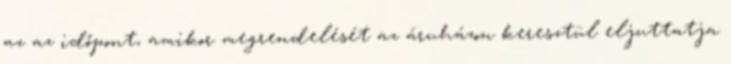
az az időpont, amikor megrendelését az áruházon keresztül eljuttatja